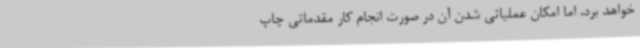
خواهد برد، اما امکان عملیاتی شدن آن در صورت انجام کار مقدماتی چاپ